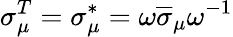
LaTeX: \sigma_{\mu}^{T}=\sigma_{\mu}^{*}=\omega{\overline{{\sigma}}}_{\mu}\omega^{-1}